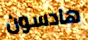
هادسون